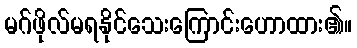
မဂ်ဖိုလ်မရနိုင်သေးကြောင်းဟောထား၏။